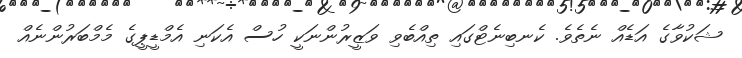
ޝަކުވާގެ އަޑެއް ނެތެވެ. ކެނބިނެޓްގައި ތިއްބެވި ވަޒީރުންނަކީ ހުސް އެކަނި އެމްޑީޕީގެ މެމްބަރުންނެއް